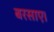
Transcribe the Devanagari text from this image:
बरसाए।